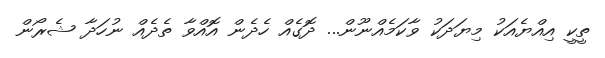
ތީކީ އިއްޔެއަކު މިޔަދަކު ވާކަމެއްނޫން... ދޮގެއް ހެދެން އޮއްވާ ތެދެއް ނުހަދާ ޝެރޯން